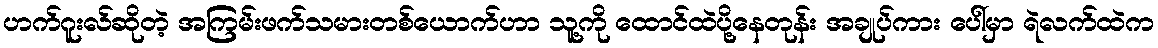
ဟက်ဂူးလ်ဆိုတဲ့ အကြမ်းဖက်သမားတစ်ယောက်ဟာ သူ့ကို ထောင်ထဲပို့နေတုန်း အချုပ်ကား ပေါ်မှာ ရဲလက်ထဲက